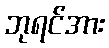
ဘုရင်အား